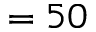
= 5 0